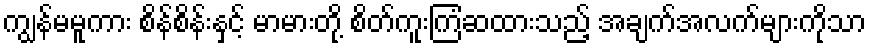
ကျွန်မမူကား စိန်စိန်းနှင့် မာမားတို့ စိတ်ကူးကြံဆထားသည့် အချက်အလက်များကိုသာ